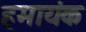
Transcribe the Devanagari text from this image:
हमायंक